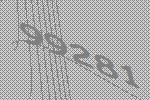
99281